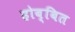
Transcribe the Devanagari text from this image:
होब्बित